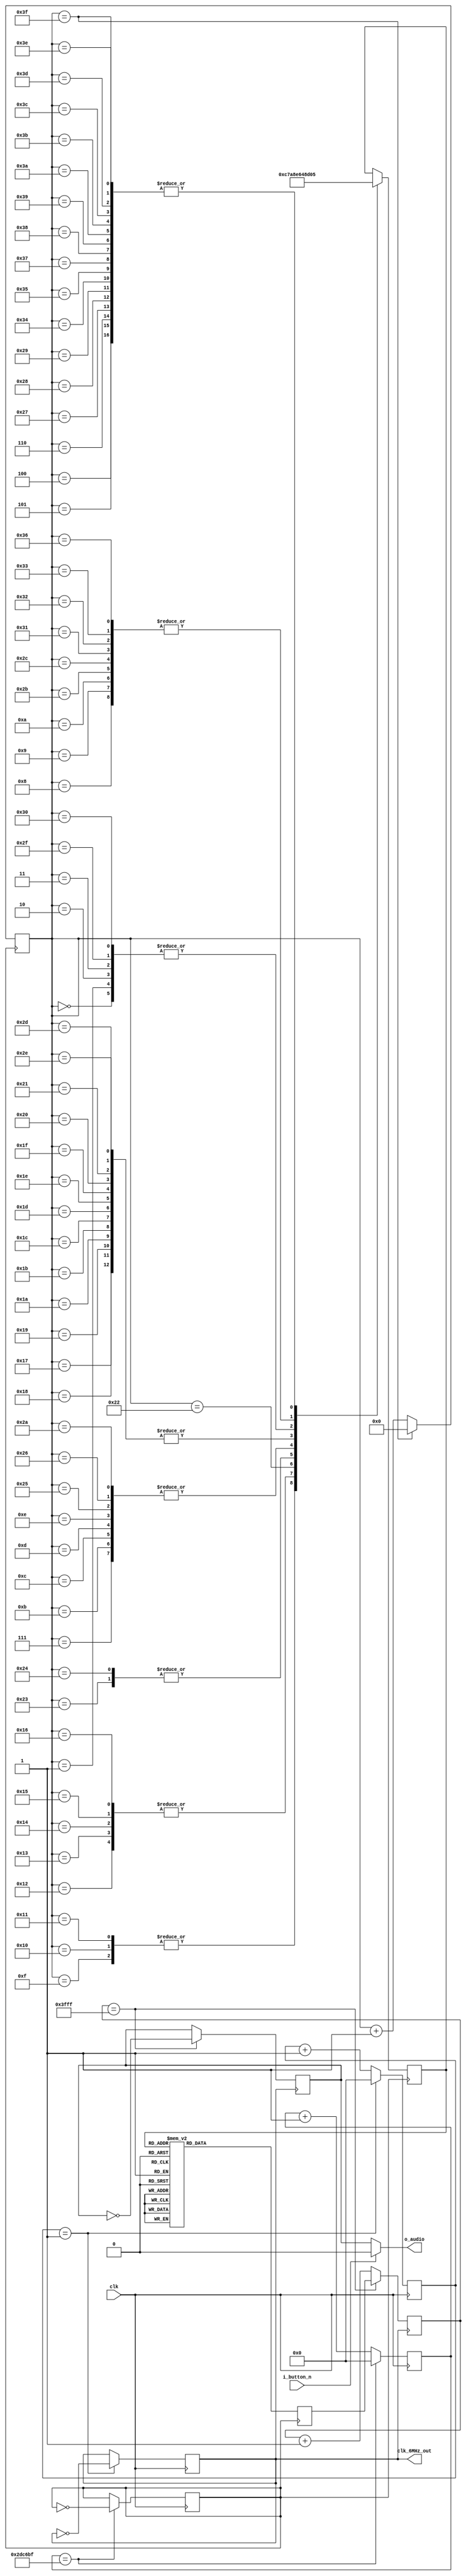
module liangzhu_player 
(
	input clk,
    input i_button_n,
    output o_audio,
    output clk_6MHz_out
);


assign clk_6MHz_out = clk_6MHz;
reg [23:0] counter_4Hz;
reg [23:0] counter_6MHz;
reg [13:0] count;
reg [13:0] origin;
reg audio_reg;
reg clk_6MHz;
reg clk_4Hz;
reg [4:0] note;
reg [7:0] len;

assign o_audio = i_button_n ?  1'b0 : audio_reg;

always @ (posedge clk) begin
	counter_6MHz <= counter_6MHz + 1'b1;
	if (counter_6MHz == 1) begin
		clk_6MHz = ~clk_6MHz;
		counter_6MHz <= 24'b0;
	end
end

always @ (posedge clk) begin
	counter_4Hz <= counter_4Hz + 1'b1;
	if (counter_4Hz == 2999999) begin	
		clk_4Hz = ~clk_4Hz;
		counter_4Hz <= 24'b0;
	end
end

always @ (posedge clk_6MHz) begin
    if(count == 16383) begin
        count = origin;
        audio_reg = ~audio_reg;
    end else
		count = count + 1;
end


always @ (posedge clk_4Hz) begin
	case (note)
		'd1: origin <= 'd4916;
		'd2: origin <= 'd6168;
		'd3: origin <= 'd7281;
		'd4: origin <= 'd7791;
		'd5: origin <= 'd8730;
		'd6: origin <= 'd9565;
		'd7: origin <= 'd10310;
		'd8: origin <= 'd010647;
		'd9: origin <= 'd011272;
		'd10: origin <= 'd011831;
		'd11: origin <= 'd012087;
		'd12: origin <= 'd012556;
		'd13: origin <= 'd012974;
		'd14: origin <= 'd013346;
		'd15: origin <= 'd13516;
		'd16: origin <= 'd13829;
		'd17: origin <= 'd14108;
		'd18: origin <= 'd11535;
		'd19: origin <= 'd14470;
		'd20: origin <= 'd14678;
		'd21: origin <= 'd14864;
		default: origin <= 'd011111;
    endcase             
end

always @ (posedge clk_4Hz) begin
	if (len == 63)
		len <= 0;
    else
		len <= len + 1;
	case (len)
		0: note <= 3;
		1: note <= 3;
		2: note <= 3;
		3: note <= 3;
		4: note <= 5;
		5: note <= 5;
		6: note <= 5;
		7: note <= 6;
		8: note <= 8;
		9: note <= 8;
		10: note <= 8;
		11: note <= 6;
		12: note <= 6;
		13: note <= 6;
		14: note <= 6;
		15: note <= 12;
		16: note <= 12;
		17: note <= 12;
		18: note <= 15;
		19: note <= 15;
		20: note <= 15;
		21: note <= 15;
		22: note <= 15;
		23: note <= 9;
		24: note <= 9;
		25: note <= 9;
		26: note <= 9;
		27: note <= 9;
		28: note <= 9;
		29: note <= 9;
		30: note <= 9;
		31: note <= 9;
		32: note <= 9;
		33: note <= 9;
		34: note <= 10;
		35: note <= 7;
		36: note <= 7;
		37: note <= 6;
		38: note <= 6;
		39: note <= 5;
		40: note <= 5;
		41: note <= 5;
		42: note <= 6;
		43: note <= 8;
		44: note <= 8;
		45: note <= 9;
		46: note <= 9;
		47: note <= 3;
		48: note <= 3;
		49: note <= 8;
		50: note <= 8;
		51: note <= 8;
		52: note <= 5;
		53: note <= 5;
		54: note <= 8;
		55: note <= 5;
		56: note <= 5;
		57: note <= 5;
		58: note <= 5;
		59: note <= 5;
		60: note <= 5;
		61: note <= 5;
		62: note <= 5;
		63: note <= 5;
	endcase            
end
endmodule